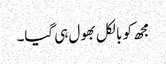
مجھ کو بالکل بھول ہی گیا۔